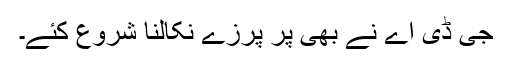
جی ڈی اے نے بھی پر پرزے نکالنا شروع کئے۔